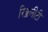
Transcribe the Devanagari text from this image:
रिॲलीटी